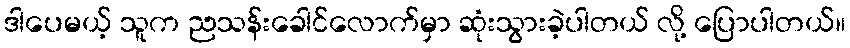
ဒါပေမယ့် သူက ညသန်းခေါင်လောက်မှာ ဆုံးသွားခဲ့ပါတယ် လို့ ပြောပါတယ်။